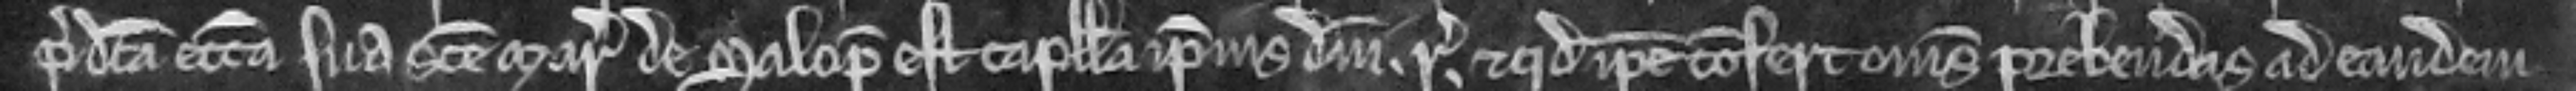
predicta ecclesia sua Sancte Marie de Salop est capella ipsius domini regis et quod ipse confert omnes prebendas ad eandem